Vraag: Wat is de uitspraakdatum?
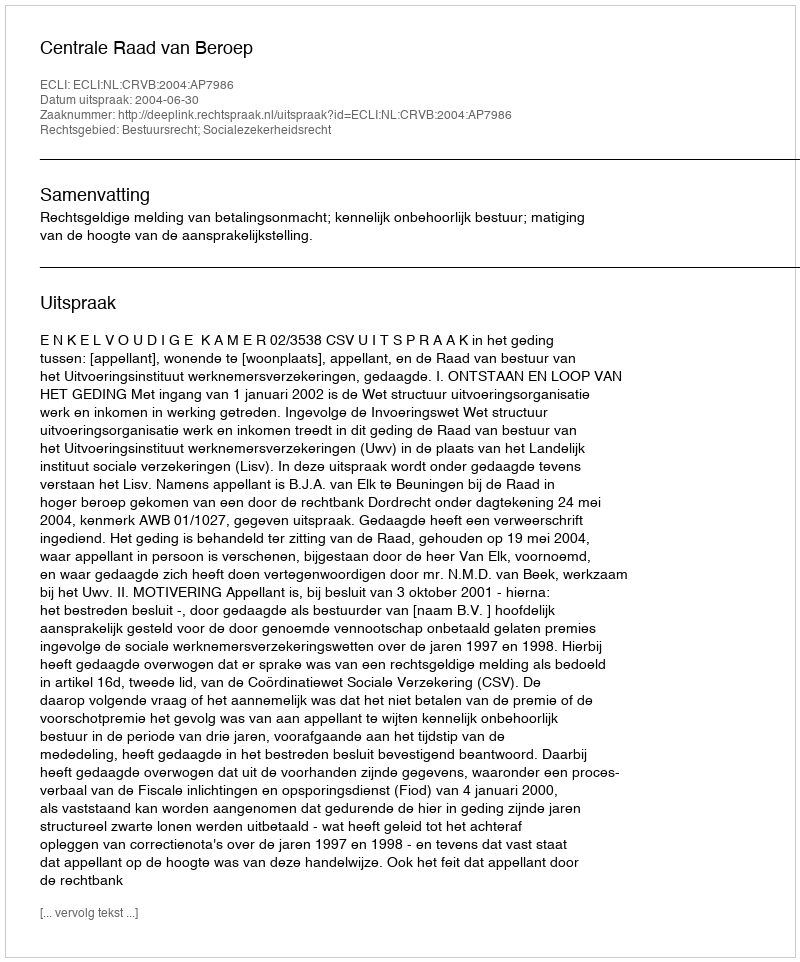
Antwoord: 2004-06-30